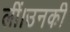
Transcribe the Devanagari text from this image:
लीं।उनकी